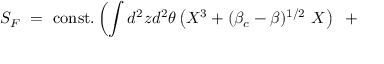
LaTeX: S _ { F } ~ = ~ \mathrm { c o n s t . } \left( \int d ^ { 2 } z d ^ { 2 } \theta \left( X ^ { 3 } + ( \beta _ { c } - \beta ) ^ { 1 / 2 } ~ X \right) ~ + ~ \right. \qquad \qquad \qquad \qquad \nonumber